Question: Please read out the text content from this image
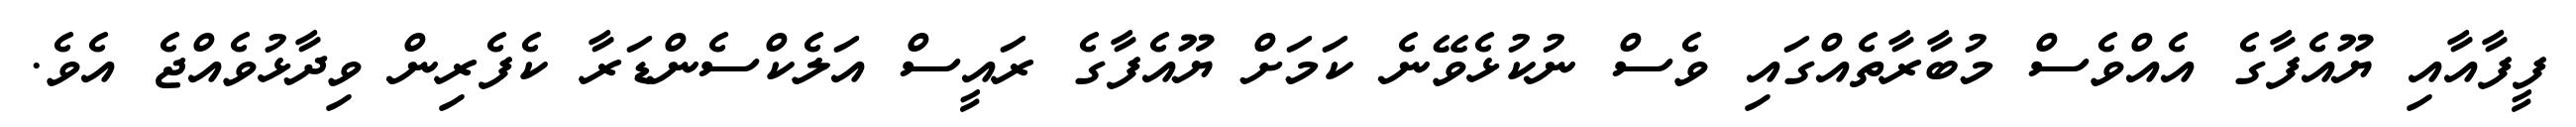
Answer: ފީފާއާއި ޔޫއެފާގެ އެއްވެސް މުބާރާތެއްގައި ވެސް ނުކުޅެވޭނެ ކަމަށް ޔޫއެފާގެ ރައީސް އަލެކްސެންޑަރާ ކެފެރިން ވިދާޅުވެއްޖެ އެވެ.